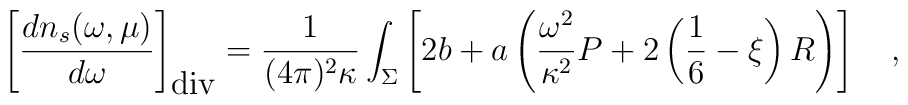
\left[{dn_s(\omega,\mu) \over d\omega}\right]_{\mbox{div}}={1 \over (4\pi)^2 \kappa} \int_{\Sigma}\left[2b+a\left({\omega^2 \over \kappa^2}P+2\left(\frac 16 -\xi\right)R\right)\right]~~~,